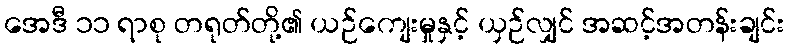
အေဒီ ၁၁ ရာစု တရုတ်တို့၏ ယဉ်ကျေးမှုနှင့် ယှဉ်လျှင် အဆင့်အတန်းချင်း